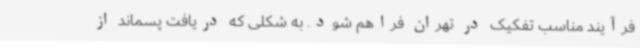
فرآیند مناسب تفکیک در تهران فراهم شود. به شکلی که دریافت پسماند از